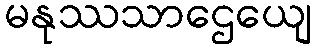
မနုဿသာဌေယျေ